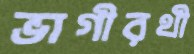
ভাগীরথী